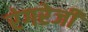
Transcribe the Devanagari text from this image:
रंगरेजी